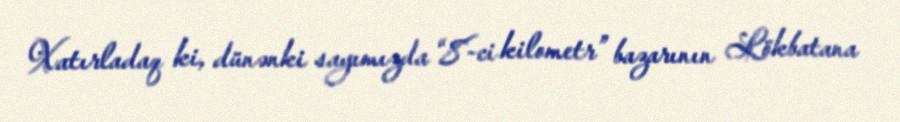
Xatırladaq ki, dünənki sayımızda “8-ci kilometr” bazarının Lökbatana